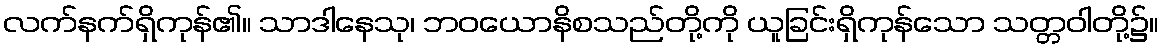
လက်နက်ရှိကုန်၏။ သာဒါနေသု၊ ဘဝယောနိစသည်တို့ကို ယူခြင်းရှိကုန်သော သတ္တဝါတို့၌။